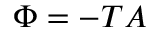
\Phi = - T A